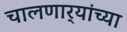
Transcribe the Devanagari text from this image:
चालणार्‍यांच्या